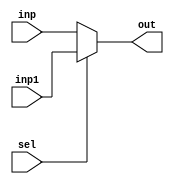
`timescale 1ns / 1ps
//////////////////////////////////////////////////////////////////////////////////
// Company: 
// Engineer: 
// 
// Design Name: 
// Module Name:    Mux1r 
// Project Name: 
// Target Devices: 
// Tool versions: 
// Description: 
//
// Dependencies: 
//
// Revision: 
// Revision 0.01 - File Created
// Additional Comments: 
//
//////////////////////////////////////////////////////////////////////////////////
module Mux1r(
    input [7:0]inp,
    input [7:0]inp1,
    input sel,
    output [7:0]out
    );
assign out=(sel==1)?inp1:inp;

endmodule